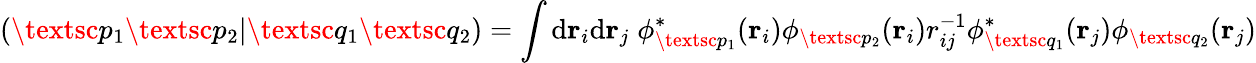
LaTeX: (\textsc{p}_{1}\textsc{p}_{2}|\textsc{q}_{1}\textsc{q}_{2})=\int\mathrm{d}\mathbf{r}_{i}\mathrm{d}\mathbf{r}_{j}\; \phi_{\textsc{p}_{1}}^{*}(\mathbf{r}_{i})\phi_{\textsc{p}_{2}}(\mathbf{r}_{i})r_{ij}^{-1}\phi_{\textsc{q}_{1}}^{*}(\mathbf{r}_{j})\phi_{\textsc{q}_{2}}(\mathbf{r}_{j})